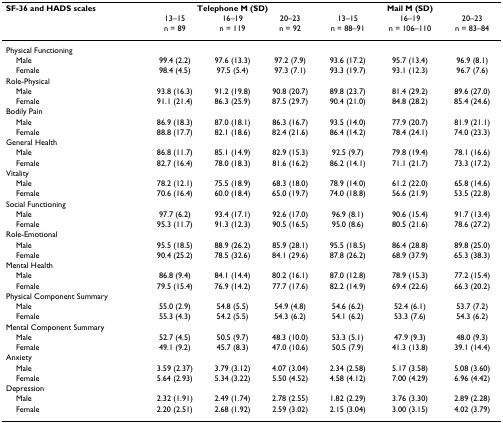
<table><thead><tr><td><b>SF-36 and HADS scales</b></td><td colspan="3"><b>Telephone M (SD)</b></td><td colspan="3"><b>Mail M (SD)</b></td></tr><tr><td></td><td><b>13–15n = 89</b></td><td><b>16–19n = 119</b></td><td><b>20–23n = 92</b></td><td><b>13–15n = 88–91</b></td><td><b>16–19n = 106–110</b></td><td><b>20–23n = 83–84</b></td></tr></thead><tbody><tr><td>Physical Functioning</td><td></td><td></td><td></td><td></td><td></td><td></td></tr><tr><td> Male</td><td>99.4 (2.2)</td><td>97.6 (13.3)</td><td>97.2 (7.9)</td><td>93.6 (17.2)</td><td>95.7 (13.4)</td><td>96.9 (8.1)</td></tr><tr><td> Female</td><td>98.4 (4.5)</td><td>97.5 (5.4)</td><td>97.3 (7.1)</td><td>93.3 (19.7)</td><td>93.1 (12.3)</td><td>96.7 (7.6)</td></tr><tr><td>Role-Physical</td><td></td><td></td><td></td><td></td><td></td><td></td></tr><tr><td> Male</td><td>93.8 (16.3)</td><td>91.2 (19.8)</td><td>90.8 (20.7)</td><td>89.8 (23.7)</td><td>81.4 (29.2)</td><td>89.6 (27.0)</td></tr><tr><td> Female</td><td>91.1 (21.4)</td><td>86.3 (25.9)</td><td>87.5 (29.7)</td><td>90.4 (21.0)</td><td>84.8 (28.2)</td><td>85.4 (24.6)</td></tr><tr><td>Bodily Pain</td><td></td><td></td><td></td><td></td><td></td><td></td></tr><tr><td> Male</td><td>86.9 (18.3)</td><td>87.0 (18.1)</td><td>86.3 (16.7)</td><td>93.5 (14.0)</td><td>77.9 (20.7)</td><td>81.9 (21.1)</td></tr><tr><td> Female</td><td>88.8 (17.7)</td><td>82.1 (18.6)</td><td>82.4 (21.6)</td><td>86.4 (14.2)</td><td>78.4 (24.1)</td><td>74.0 (23.3)</td></tr><tr><td>General Health</td><td></td><td></td><td></td><td></td><td></td><td></td></tr><tr><td> Male</td><td>86.8 (11.7)</td><td>85.1 (14.9)</td><td>82.9 (15.3)</td><td>92.5 (9.7)</td><td>79.8 (19.4)</td><td>78.1 (16.6)</td></tr><tr><td> Female</td><td>82.7 (16.4)</td><td>78.0 (18.3)</td><td>81.6 (16.2)</td><td>86.2 (14.1)</td><td>71.1 (21.7)</td><td>73.3 (17.2)</td></tr><tr><td>Vitality</td><td></td><td></td><td></td><td></td><td></td><td></td></tr><tr><td> Male</td><td>78.2 (12.1)</td><td>75.5 (18.9)</td><td>68.3 (18.0)</td><td>78.9 (14.0)</td><td>61.2 (22.0)</td><td>65.8 (14.6)</td></tr><tr><td> Female</td><td>70.6 (16.4)</td><td>60.0 (18.4)</td><td>65.0 (19.7)</td><td>74.0 (18.8)</td><td>56.6 (21.9)</td><td>53.5 (22.8)</td></tr><tr><td>Social Functioning</td><td></td><td></td><td></td><td></td><td></td><td></td></tr><tr><td> Male</td><td>97.7 (6.2)</td><td>93.4 (17.1)</td><td>92.6 (17.0)</td><td>96.9 (8.1)</td><td>90.6 (15.4)</td><td>91.7 (13.4)</td></tr><tr><td> Female</td><td>95.3 (11.7)</td><td>91.3 (12.3)</td><td>90.5 (16.5)</td><td>95.0 (8.6)</td><td>80.5 (21.6)</td><td>78.6 (27.2)</td></tr><tr><td>Role-Emotional</td><td></td><td></td><td></td><td></td><td></td><td></td></tr><tr><td> Male</td><td>95.5 (18.5)</td><td>88.9 (26.2)</td><td>85.9 (28.1)</td><td>95.5 (18.5)</td><td>86.4 (28.8)</td><td>89.8 (25.0)</td></tr><tr><td> Female</td><td>90.4 (25.2)</td><td>78.5 (32.6)</td><td>84.1 (29.6)</td><td>87.8 (26.2)</td><td>68.9 (37.9)</td><td>65.3 (38.3)</td></tr><tr><td>Mental Health</td><td></td><td></td><td></td><td></td><td></td><td></td></tr><tr><td> Male</td><td>86.8 (9.4)</td><td>84.1 (14.4)</td><td>80.2 (16.1)</td><td>87.0 (12.8)</td><td>78.9 (15.3)</td><td>77.2 (15.4)</td></tr><tr><td> Female</td><td>79.5 (15.4)</td><td>76.9 (14.2)</td><td>77.7 (17.6)</td><td>82.2 (14.9)</td><td>69.4 (22.6)</td><td>66.3 (20.2)</td></tr><tr><td>Physical Component Summary</td><td></td><td></td><td></td><td></td><td></td><td></td></tr><tr><td> Male</td><td>55.0 (2.9)</td><td>54.8 (5.5)</td><td>54.9 (4.8)</td><td>54.6 (6.2)</td><td>52.4 (6.1)</td><td>53.7 (7.2)</td></tr><tr><td> Female</td><td>55.3 (4.3)</td><td>54.2 (5.5)</td><td>54.3 (6.2)</td><td>54.1 (6.2)</td><td>53.3 (7.6)</td><td>54.3 (6.2)</td></tr><tr><td>Mental Component Summary</td><td></td><td></td><td></td><td></td><td></td><td></td></tr><tr><td> Male</td><td>52.7 (4.5)</td><td>50.5 (9.7)</td><td>48.3 (10.0)</td><td>53.3 (5.1)</td><td>47.9 (9.3)</td><td>48.0 (9.3)</td></tr><tr><td> Female</td><td>49.1 (9.2)</td><td>45.7 (8.3)</td><td>47.0 (10.6)</td><td>50.5 (7.9)</td><td>41.3 (13.8)</td><td>39.1 (14.4)</td></tr><tr><td>Anxiety</td><td></td><td></td><td></td><td></td><td></td><td></td></tr><tr><td> Male</td><td>3.59 (2.37)</td><td>3.79 (3.12)</td><td>4.07 (3.04)</td><td>2.34 (2.58)</td><td>5.17 (3.58)</td><td>5.08 (3.60)</td></tr><tr><td> Female</td><td>5.64 (2.93)</td><td>5.34 (3.22)</td><td>5.50 (4.52)</td><td>4.58 (4.12)</td><td>7.00 (4.29)</td><td>6.96 (4.42)</td></tr><tr><td>Depression</td><td></td><td></td><td></td><td></td><td></td><td></td></tr><tr><td> Male</td><td>2.32 (1.91)</td><td>2.49 (1.74)</td><td>2.78 (2.55)</td><td>1.82 (2.29)</td><td>3.76 (3.30)</td><td>2.89 (2.28)</td></tr><tr><td> Female</td><td>2.20 (2.51)</td><td>2.68 (1.92)</td><td>2.59 (3.02)</td><td>2.15 (3.04)</td><td>3.00 (3.15)</td><td>4.02 (3.79)</td></tr></tbody></table>